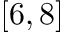
[ 6 , 8 ]